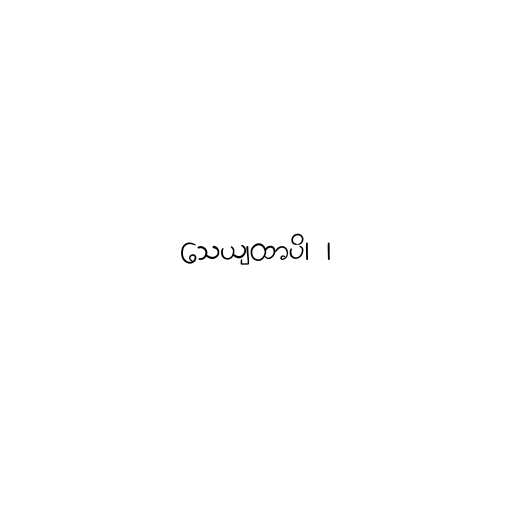
သေယျထာပိ၊ ၊